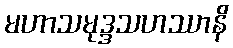
မဟာသမုဒ္ဒသဟဿာနိ